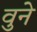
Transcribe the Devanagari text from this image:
वुने